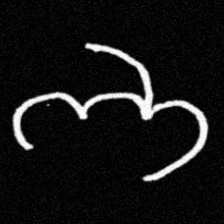
Pyu character \u2014 Myanmar letter: ဘ (romanized: bha)